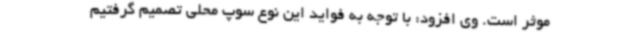
موثر است. وی افزود: با توجه به فواید این نوع سوپ محلی تصمیم گرفتیم